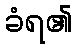
ခံရ၏